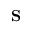
{ \bf { S } }